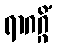
ရာဂဂ္ဂိံ